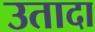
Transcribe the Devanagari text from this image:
उतादा